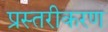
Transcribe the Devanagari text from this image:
प्रस्तरीकरण